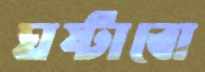
ঘষ্‌টাবো